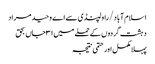
اسلام آباد/ راولپنڈی سے اے وحید مراد
دہشت گردوں کے حملے میں ۳۱ جاں بحق
پہلا مکمل اور حتمی نتیجہ